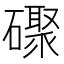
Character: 𪿼